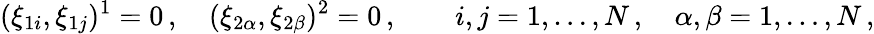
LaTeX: (\xi_{1i},\xi_{1j})^{1}=0\, ,\quad(\xi_{2\alpha},\xi_{2\beta})^{2}=0\, ,\qquad i,j=1,\ldots,N\, ,\quad\alpha,\beta=1,\ldots,N\, ,